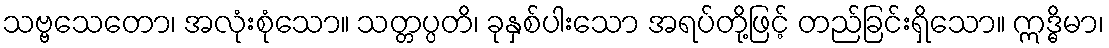
သဗ္ဗသေတော၊ အလုံးစုံသော။ သတ္တပ္ပတိ၊ ခုနှစ်ပါးသော အရပ်တို့ဖြင့် တည်ခြင်းရှိသော။ ဣဒ္ဓိမာ၊